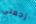
إجعلي